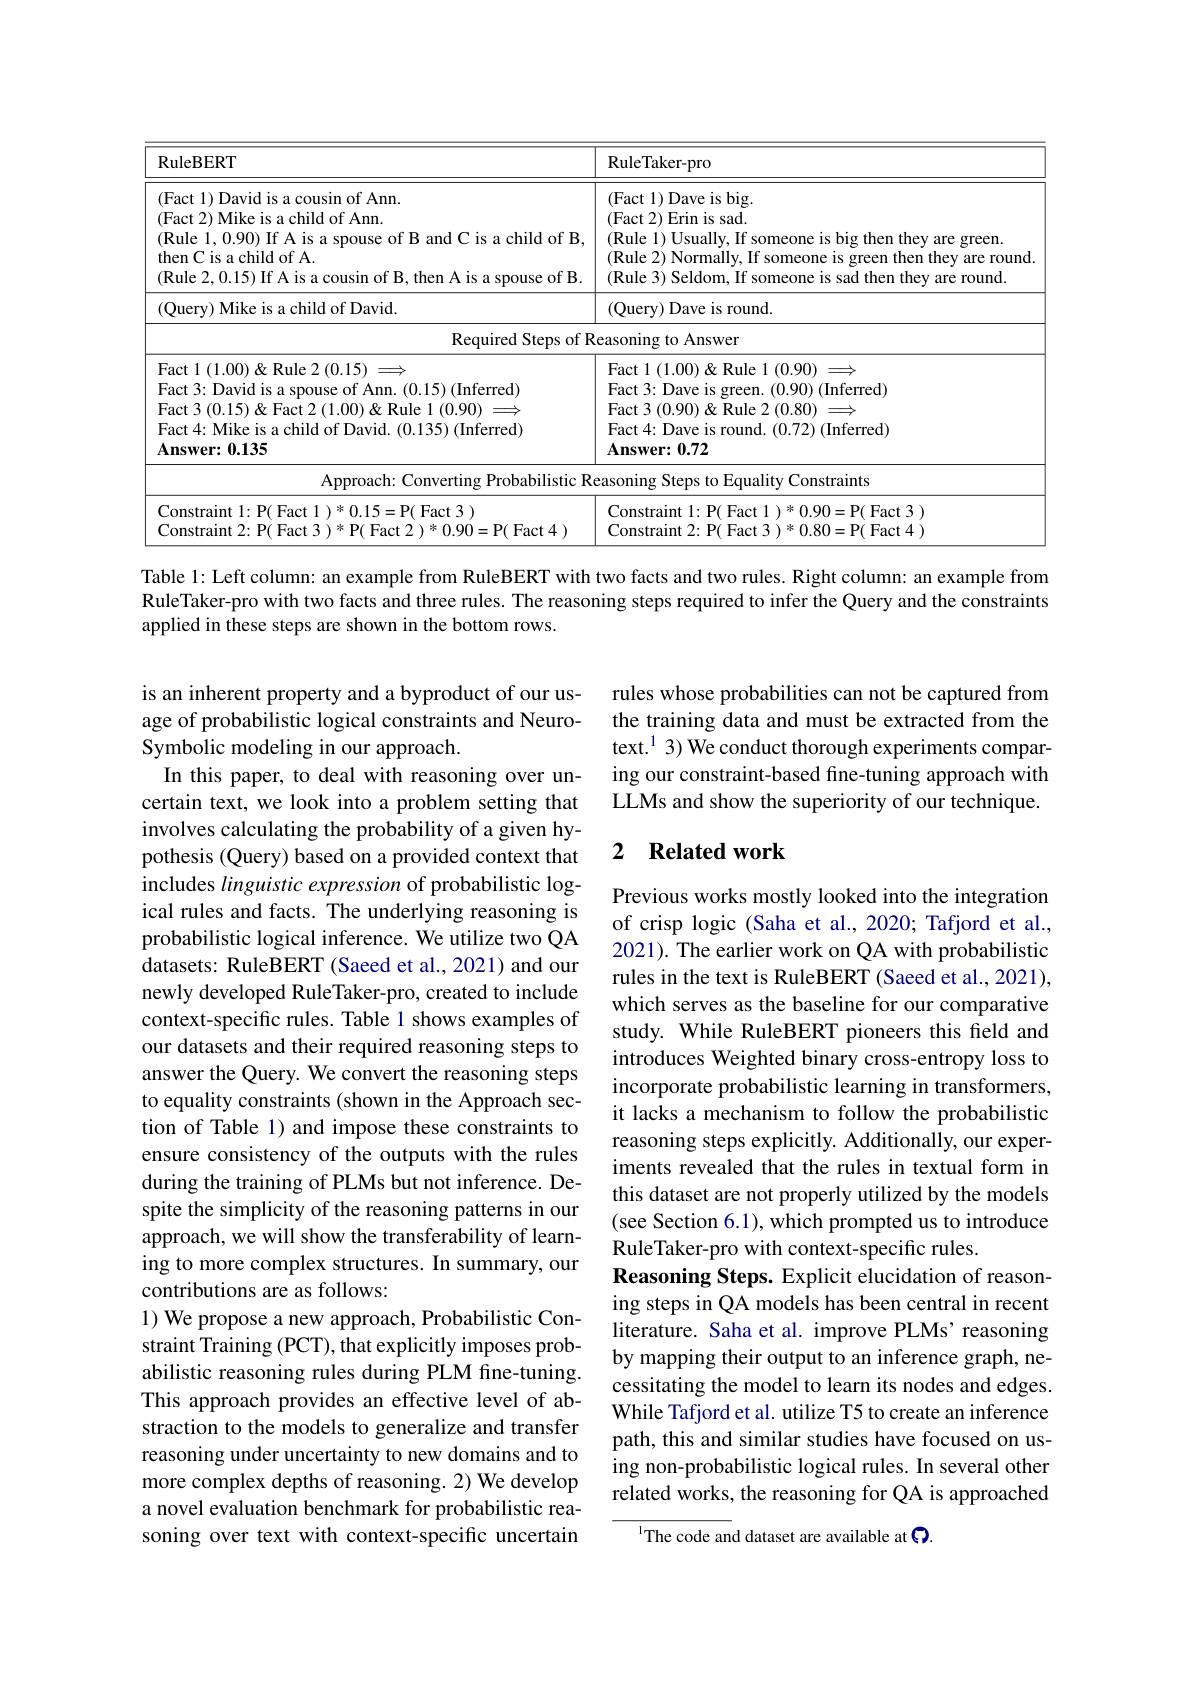
<table>
	<tbody>
		<tr>
			<th>RuleBERT</th>
			<th>RuleTaker- pro</th>
		</tr>
		<tr>
			<td>(Fact 1) David is a cousin of Ann. (Fact 2) Mike is a child of Ann. (Rule 1, 0.90) If A is a spouse of B and C is a child of B, then C is a child of A. (Rule 2,0.15) If A is a cousin of B, then A is a spouse of B.</td>
			<td>(Fact 1)Dave is big (Fact 2)Erin is sad. (Rule 1) Usually, If someone is big then they are green. (Rule 2) Normally, If someone is green then they are round (Rule 3) Seldom, If someone is sad then they are round.</td>
		</tr>
		<tr>
			<td>(Ouery) Mike is a child of David</td>
			<td>(Query) Dave is round.</td>
		</tr>
		<tr>
			<td>Required Steps of R</td>
			<td>easoning to Answer</td>
		</tr>
		<tr>
			<td>Fact 1 $(1.00)\&$Rule 2 $(0.15)\Longrightarrow$ Fact 3: David is a spouse of Ann. (0.15) (Inferred) Fact 3 $(0.15)\&$ Fact 2 (1.00)&Rule 1 (0.90) Fact 4: Mike is a child of David. (0.135) (Inferred) $\mathbf{Answer:0.135}$</td>
			<td>Fact 1 $(1.00)\&$ Rule 1(0.90) $\Longrightarrow$ Fact 3: Dave is green. (0.90) (Inferred) $\operatorname{Fact}3\left(0.90\right)\&\operatorname{Rule}2\left(0.80\right)\Longrightarrow$ Fact 4: Dave is round. (0.72) (Inferred) $\mathbf{Answer:0.72}$</td>
		</tr>
		<tr>
			<td>Approach: Converting Probabilistic R</td>
			<td>easoning Steps to Equality Constraints</td>
		</tr>
		<tr>
			<td>Constraint 1: P( Fact T 1 $) ^{* }0. 15=$P( Fact 3 ) 0.90=P( Fact 4 )</td>
			<td>Constraint 1: P( Fact 1 ) * 0. 90= P( Fact 3 ) Constraint 2: P( F Har )*0.80=P( Fact 4 )</td>
		</tr>
	</tbody>
</table>

Table l: Left column: an example from RuleBERT with two facts and two rules. Right column: an example from RuleTaker-pro with two facts and three rules. The reasoning steps required to infer the Query and the constraints applied in these steps are shown in the bottom rows.

rules whose probabilities can not be captured from the training data and must be extracted from the text.$^1$3) We conduct thorough experiments comparing our constraint-based fine-tuning approach with LLMs and show the superiority of our technique.

### 2 $\textbf{Related work}$

is an inherent property and a byproduct of our usage of probabilistic logical constraints and NeuroSymbolic modeling in our approach.
In this paper, to deal with reasoning over uncertain text, we look into a problem setting that involves calculating the probability of a given hypothesis (Query) based on a provided context that includes linguistic expression of probabilistic logical rules and facts. The underlying reasoning is probabilistic logical inference. We utilize two QA datasets: RuleBERT (Saeed et al., 2021) and our newly developed RuleTaker-pro, created to include context-specific rules. Table 1 shows examples of our datasets and their required reasoning steps to answer the Query. We convert the reasoning steps to equality constraints (shown in the Approach section of Table 1) and impose these constraints to ensure consistency of the outputs with the rules during the training of PLMs but not inference. Despite the simplicity of the reasoning patterns in our approach, we will show the transferability of learning to more complex structures. In summary, our contributions are as follows:
1) We propose a new approach, Probabilistic Constraint Training (PCT), that explicitly imposes probabilistic reasoning rules during PLM fine-tuning. This approach provides an effective level of abstraction to the models to generalize and transfer reasoning under uncertainty to new domains and to more complex depths of reasoning. 2) We develop a novel evaluation benchmark for probabilistic reasoning over text with context-specific uncertain

Previous works mostly looked into the integration of crisp logic (Saha et al., 2020; Tafjord et al., 2021). The earlier work on QA with probabilistic rules in the text is RuleBERT (Saeed et al., 2021), which serves as the baseline for our comparative study. While RuleBERT pioneers this field and introduces Weighted binary cross-entropy loss to incorporate probabilistic learning in transformers, it lacks a mechanism to follow the probabilistic reasoning steps explicitly. Additionally, our experiments revealed that the rules in textual form in this dataset are not properly utilized by the models (see Section 6.1), which prompted us to introduce RuleTaker-pro with context-specific rules.
Reasoning Steps. Explicit elucidation of reasoning steps in QA models has been central in recent literature. Saha et al. improve PLMs' reasoning by mapping their output to an inference graph, necessitating the model to learn its nodes and edges. While Tafjord et al. utilize T5 to create an inference path, this and similar studies have focused on using non-probabilistic logical rules. In several other related works, the reasoning for QA is approached
$^{\mathrm{l}}$The code and dataset are available at $\textcircled{7}.$